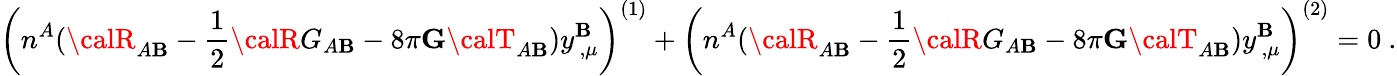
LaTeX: \left(n^{A}({\calR}_{A\mathbf{B}}-\frac{{1}}{{2}}{\calR}G_{A\mathbf{B}}-8\pi{\mathbf{G}}{\calT}_{A\mathbf{B}})y_{\, ,\mu}^{\mathbf{B}}\right)^{(1)}+\left(n^{A}({\calR}_{A\mathbf{B}}-\frac{{1}}{{2}}{\calR}G_{A\mathbf{B}}-8\pi{\mathbf{G}}{\calT}_{A\mathbf{B}})y_{\, ,\mu}^{\mathbf{B}}\right)^{(2)}=0~.